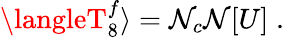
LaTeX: \langleT_{8}^{f}\rangle=\mathcal{N}_{c}\mathcal{N}[U]\; .